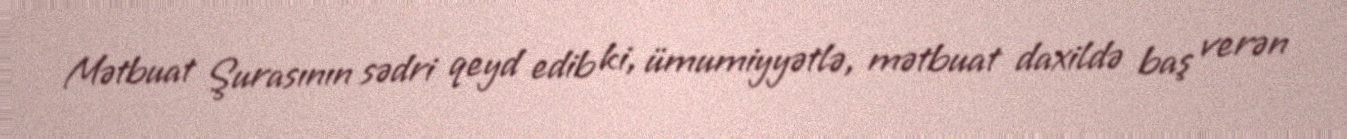
Mətbuat Şurasının sədri qeyd edib ki, ümumiyyətlə, mətbuat daxildə baş verən